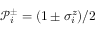
\mathcal { P } _ { i } ^ { \pm } = ( 1 \pm \sigma _ { i } ^ { z } ) / 2